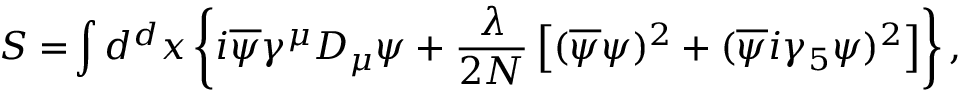
S = \! \int d ^ { d } x \left\{ i \overline { { { \psi } } } \gamma ^ { \mu } D _ { \mu } \psi + { \frac { \lambda } { 2 N } } \left[ ( \overline { { { \psi } } } \psi ) ^ { 2 } + ( \overline { { { \psi } } } i \gamma _ { 5 } \psi ) ^ { 2 } \right] \right\} ,